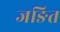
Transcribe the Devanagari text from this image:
जङित